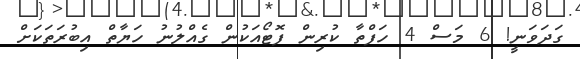
ގަދަވަނީ! 6 މަސް 4 ހަފްތާ ކުރިން ފޮޓޯއަކުން ގެއްލުނު ހަޔާތް އިބުރަތަކަށް